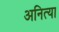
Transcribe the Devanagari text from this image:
अनित्या